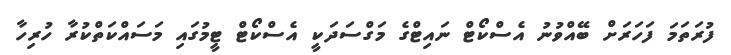
ފުރަތަމަ ފަހަރަށް ބޭއްވުނު އެސްކޯޓް ނައިޓްގެ މަގްސަދަކީ އެސްކޯޓް ޓީމުގައި މަސައްކަތްކުރާ ހުރިހާ